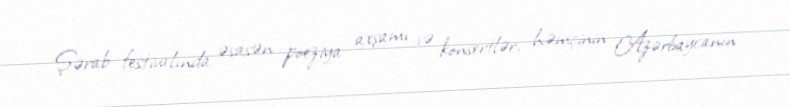
Şərab festivalında əsasən poeziya axşamı və konsertlər, həmçinin Azərbaycanın